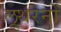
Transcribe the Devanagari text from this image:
लूथरनों